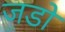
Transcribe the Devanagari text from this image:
जडो